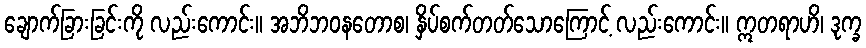
ချောက်ခြားခြင်းကို လည်းကောင်း။ အဘိဘဝနတောစ၊ နှိပ်စက်တတ်သောကြောင့် လည်းကောင်း။ ဣတရာဟိ၊ ဒုက္ခ